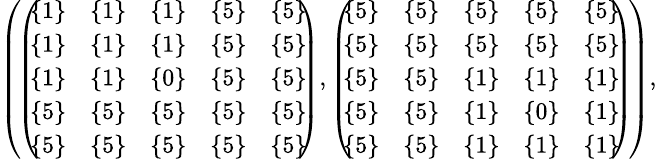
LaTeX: \begin{array}{r}{\small{\left(\! \left(\! \! \begin{array}{ccccc}{\{ 1\} }&{\{ 1\} }&{\{ 1\} }&{\{ 5\} }&{\{ 5\} }\\ {\{ 1\} }&{\{ 1\} }&{\{ 1\} }&{\{ 5\} }&{\{ 5\} }\\ {\{ 1\} }&{\{ 1\} }&{\{ 0\} }&{\{ 5\} }&{\{ 5\} }\\ {\{ 5\} }&{\{ 5\} }&{\{ 5\} }&{\{ 5\} }&{\{ 5\} }\\ {\{ 5\} }&{\{ 5\} }&{\{ 5\} }&{\{ 5\} }&{\{ 5\} }\end{array}\! \! \right),\left(\! \! \begin{array}{ccccc}{\{ 5\} }&{\{ 5\} }&{\{ 5\} }&{\{ 5\} }&{\{ 5\} }\\ {\{ 5\} }&{\{ 5\} }&{\{ 5\} }&{\{ 5\} }&{\{ 5\} }\\ {\{ 5\} }&{\{ 5\} }&{\{ 1\} }&{\{ 1\} }&{\{ 1\} }\\ {\{ 5\} }&{\{ 5\} }&{\{ 1\} }&{\{ 0\} }&{\{ 1\} }\\ {\{ 5\} }&{\{ 5\} }&{\{ 1\} }&{\{ 1\} }&{\{ 1\} }\end{array}\! \! \right)\! \right),}}\end{array}